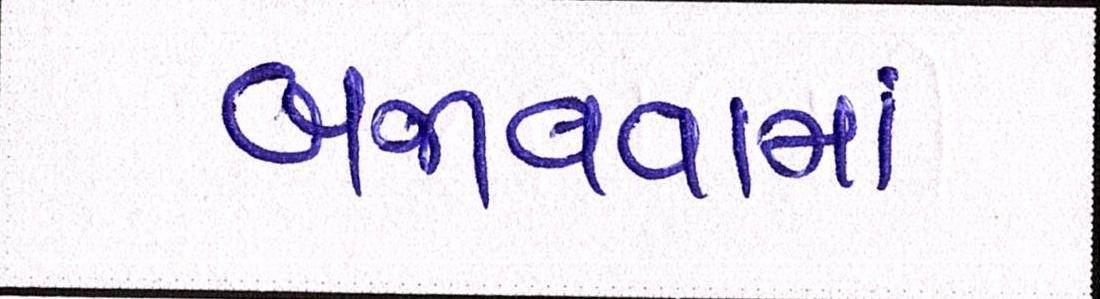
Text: બજાવવામાં